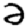
Digit: 2